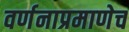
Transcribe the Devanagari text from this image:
वर्णनाप्रमाणेच